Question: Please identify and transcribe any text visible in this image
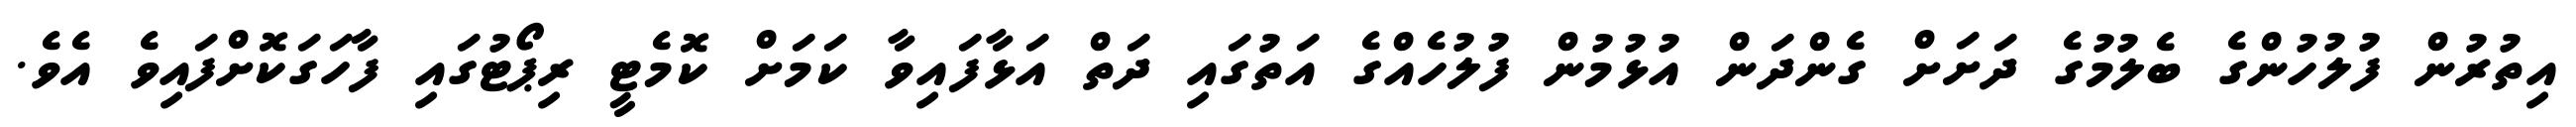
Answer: އިތުރުން ފުލުހުންގެ ބެލުމުގެ ދަށަށް ގެންދަން އުޅުމުން ފުލުހެއްގެ އަތުގައި ދަތް އަޅާފައިވާ ކަމަށް ކޮމެޓީ ރިޕޯޓުގައި ފާހަގަކޮށްފައިވެ އެވެ.